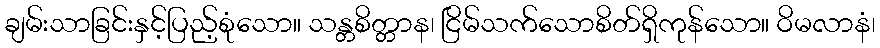
ချမ်းသာခြင်းနှင့်ပြည့်စုံသော။ သန္တစိတ္တာန၊ ငြိမ်သက်သောစိတ်ရှိကုန်သော။ ဝိမလာနံ၊